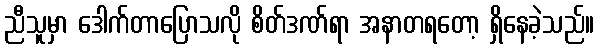
ညီသူမှာ ဒေါက်တာပြောသလို စိတ်ဒဏ်ရာ အနာတရတော့ ရှိနေခဲ့သည်။